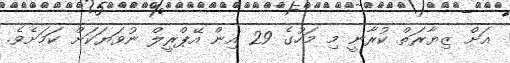
އަށް ޒިޔާރަތް ކުރާނީ މި މަހުގެ 29 އިން އޭޕްރީލް ނުވަޔަކަށް ކަމަށެވެ.